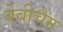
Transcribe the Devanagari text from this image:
बेबीचैम